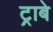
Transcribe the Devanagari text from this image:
ट्राबे